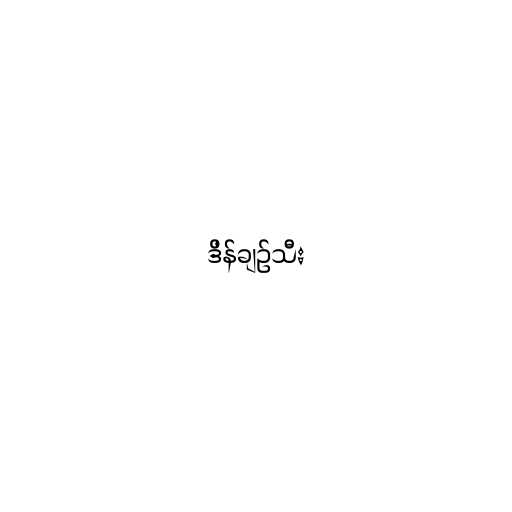
ဒိန်ချဉ်သီး